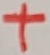
Text: +